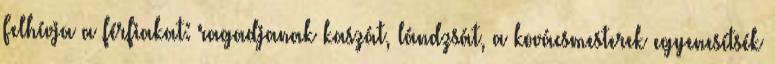
Felhívja a férfiakat: ragadjanak kaszát, lándzsát, a kovácsmesterek egyenesítsék